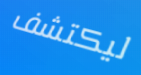
ليكتشف